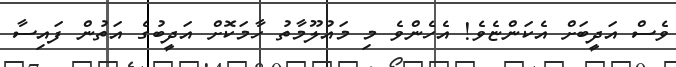
ވެސް އަދީބަށް އެކަންޏެވެ! އެހެންވެ މި މައުލޫމާތު ހާމަކޮށް އަދީބުގެ އަތުން ފައިސާ